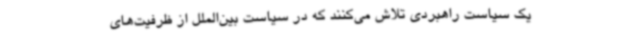
یک سیاست راهبردی تلاش می‌کنند که در سیاست بین‌الملل از ظرفیت‌های